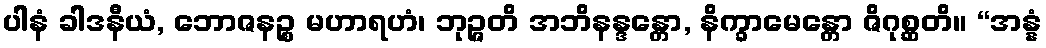
ပါနံ ခါဒနီယံ, ဘောဇနဉ္စ မဟာရဟံ၊ ဘုဉ္ဇတိ အဘိနန္ဒန္တော, နိက္ခာမေန္တော ဇိဂုစ္ဆတိ။ “အန္နံ